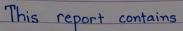
This report contains